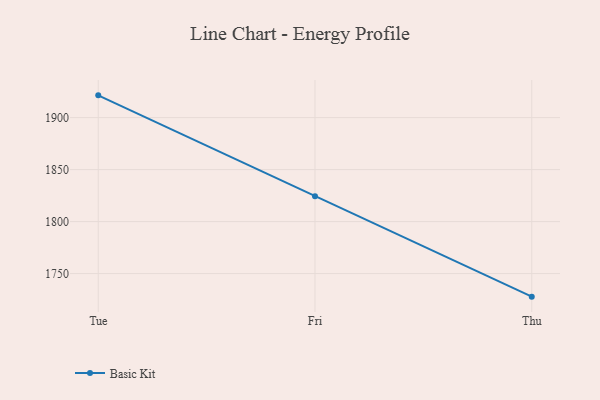
{"axis": {"x": "Day", "y": "Demand Index"}, "legend": ["Basic Kit"], "data": [{"x": "Tue", "y": 1921.4, "type": "Basic Kit"}, {"x": "Fri", "y": 1824.3, "type": "Basic Kit"}, {"x": "Thu", "y": 1727.8, "type": "Basic Kit"}]}